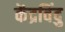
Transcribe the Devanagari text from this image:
केंद्रविंदु